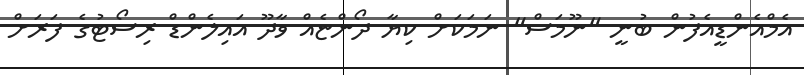
އެމްއެންޑީއެފުން ބުނީ "ނޫމަސް" ނަމަކަށް ކިޔާ ދޯންޏެއް ވާދޫ އައިލެންޑް ރިސޯޓުގެ ފަރަށް